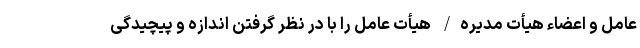
عامل و اعضاء هیأت مدیره/ هیأت عامل را با در نظر گرفتن اندازه و پیچیدگی